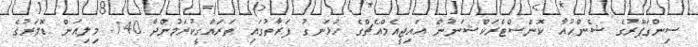
ސިންގަޕޫރުގެ ޝެންހުއާ ކޮންސްޓްރަކްޝަނުން އައިޖީއެމްއެޗްގެ ހުޅަނގު ފަރާތުގައި ތަރައްގީކުރަމުންދާ 140 މިލިއަން ޑޮލަރުގެ